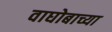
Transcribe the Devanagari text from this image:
वाघोबाच्या